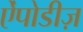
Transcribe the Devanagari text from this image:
ऐंपोडीज़